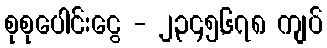
စုစုပေါင်းငွေ - ၂,၃၄၅,၆၇၈ ကျပ်